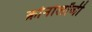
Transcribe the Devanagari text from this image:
क्रोनोलॉजी